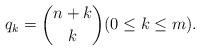
LaTeX: \begin{align*}q_k={n+k\choose k}(0\leq k\leq m).\end{align*}